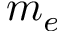
m _ { e }